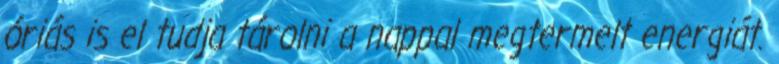
óriás is el tudja tárolni a nappal megtermelt energiát.